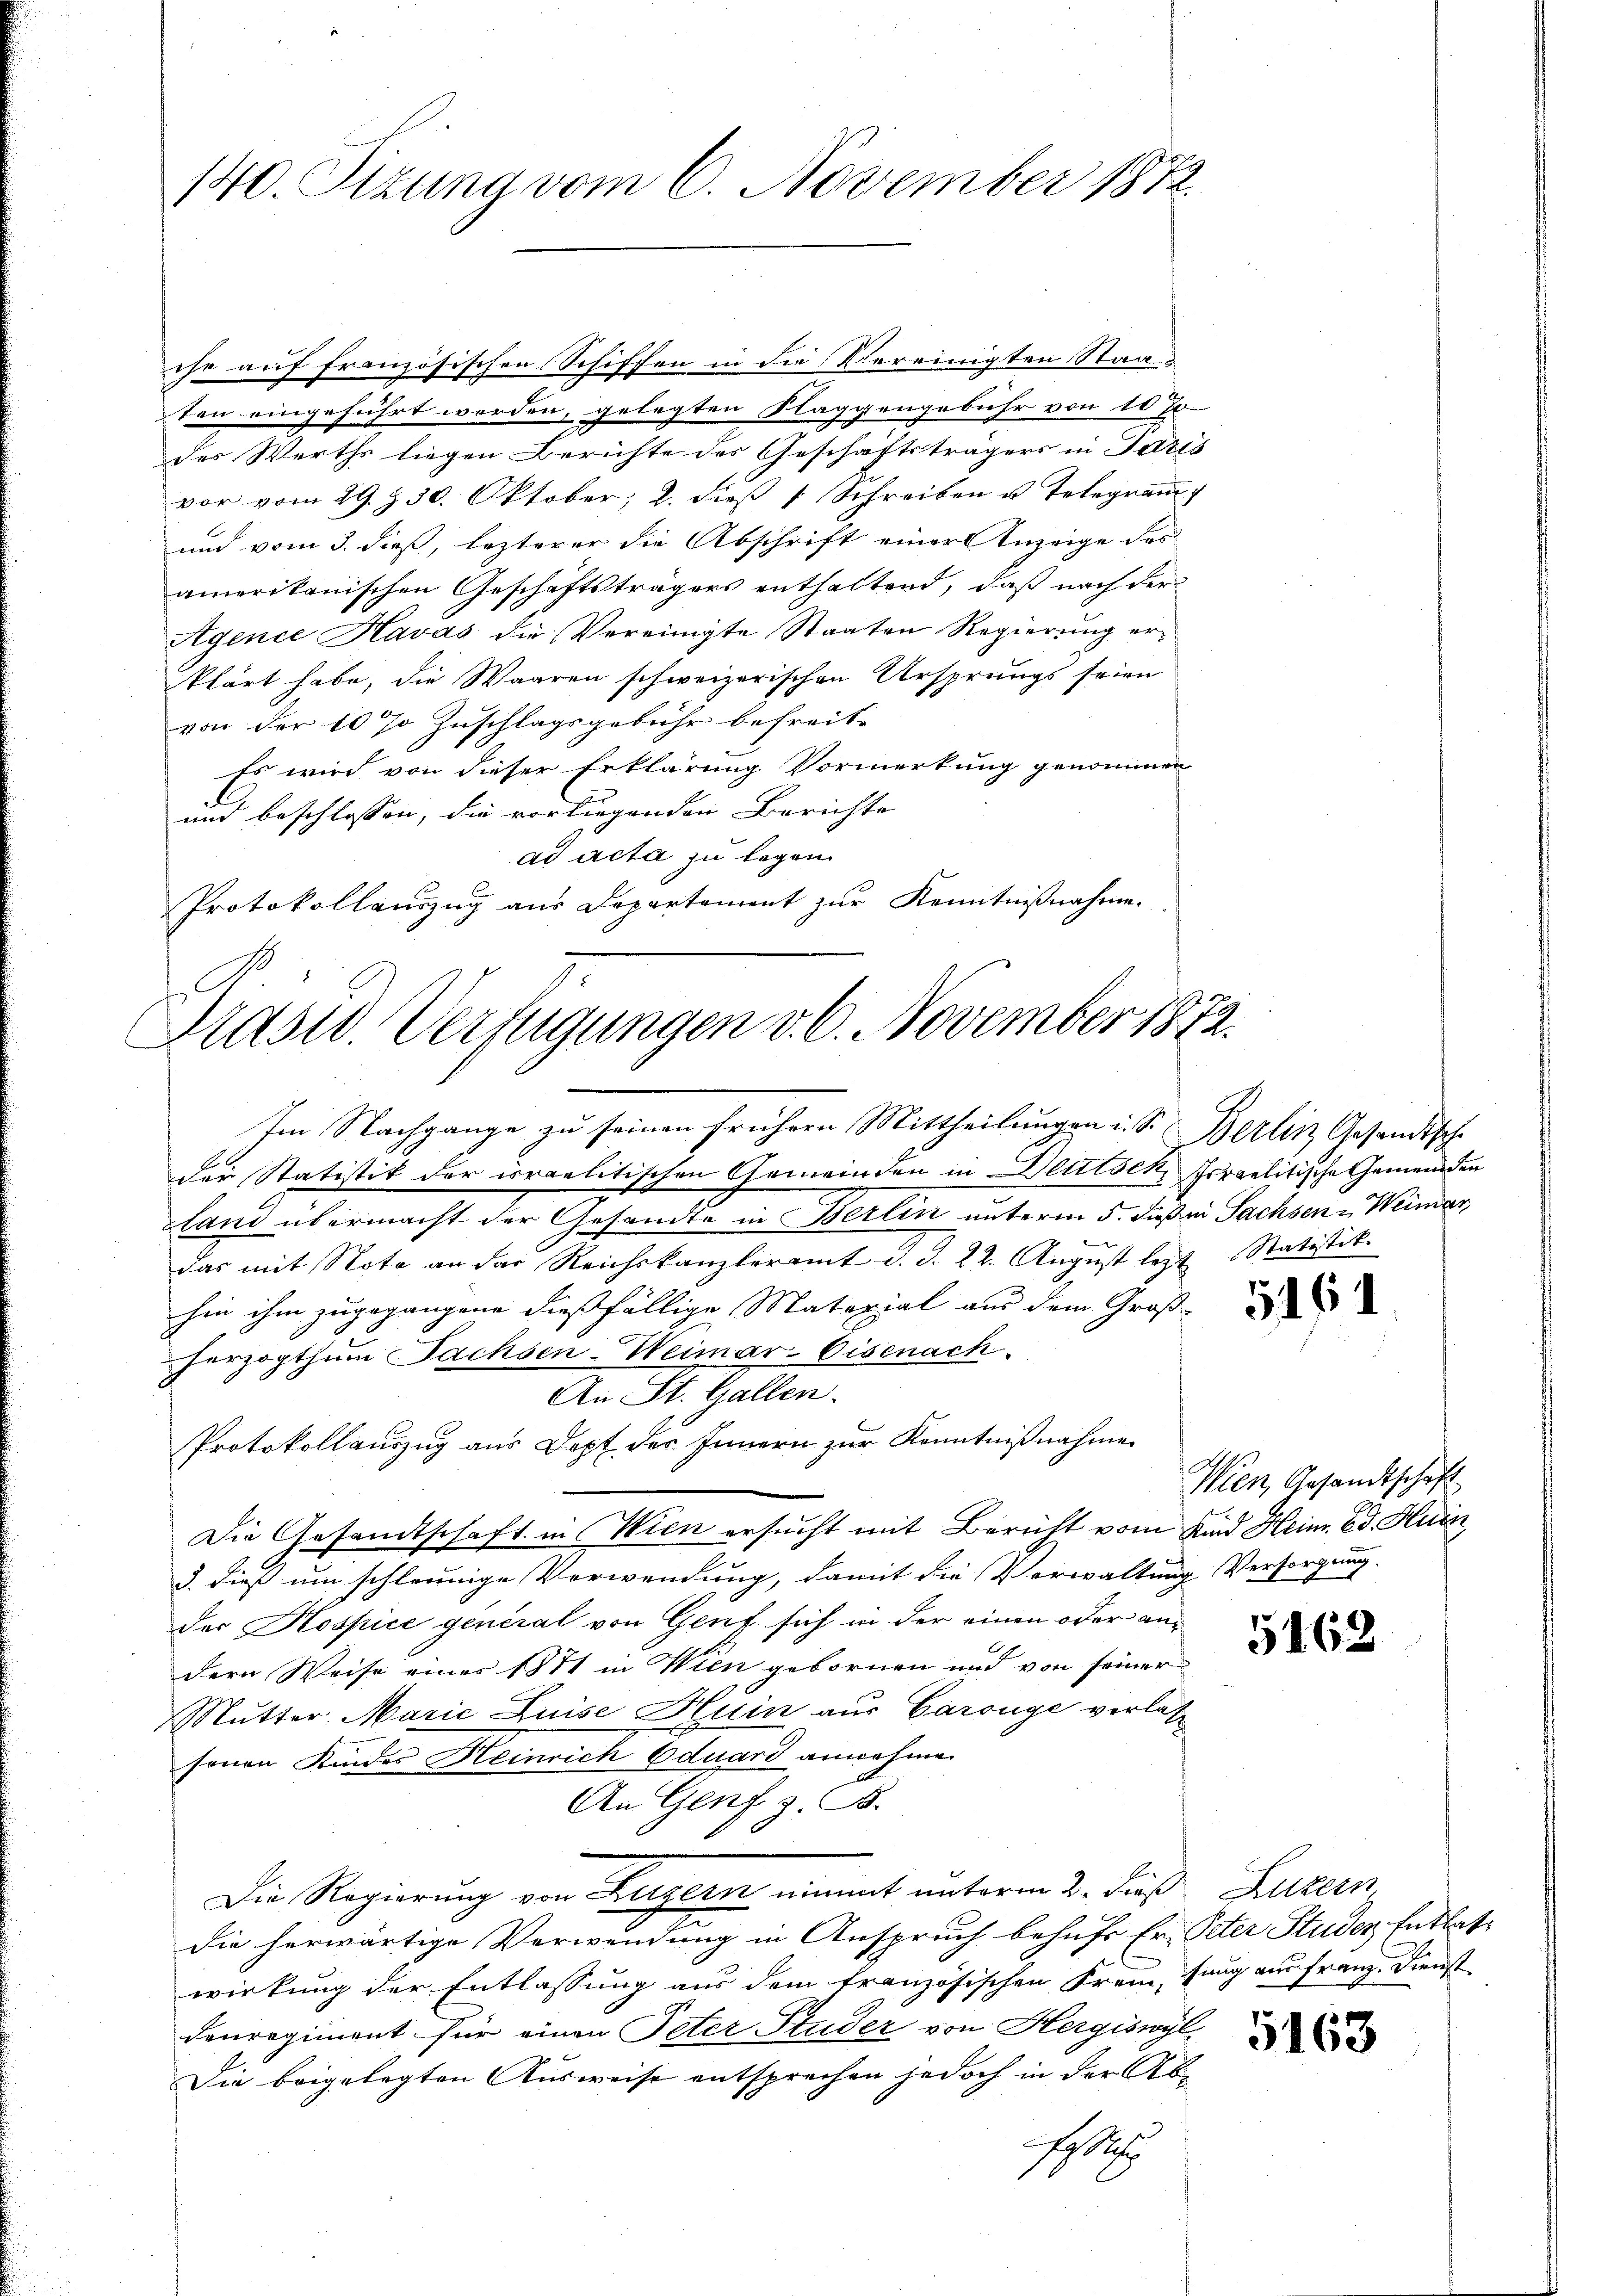
140. Sizung vom 6. November 1872.

che auf französischen-Schiffen in die Vereinigten Staaten eingeführt worden, gelegten Naggengebühr von 10 J
der Werths liegen Berichte des Geschäftsträgers in Paris
vor vom 29. 30. Oktober, 2. dieβ 1 Schreiben u. Telegram
und vom 3. dieß, lezterer die Abschrift einer Anzeige des
amerikanischen Geschäftsträgers enthaltend, daß nach der
Agence Havas die Vereinigte Staaten Regierung erklärt habe, die Waaren schweizerischen Ursprungs seien
von der 10 % Zuschlagsgebühr befreite
Es wird von dieser Erklärung Vormerkung genommen
und beschlossen, die vorliegenden Berichte
ad acta zu legen.
Protokollauszug aus Departement zur Kenntnißnahme.

Präsid. Verfügungen v. 6. November 1872.

der Statistik der israelitischen Gemeinden in Blutsch, Israelitische Gemeinden
land übermacht der Gesandte in Berlin unterm 5. Fuß in Sachsen u Weimar,
das mit Nota an der Reichskanzleramt S. S. 22. August lezt
hin ihm zugegangene dießfällige Material aus dem Groß-
herzogthum Sachsen-Weimar-Eisenach.
An St. Gallen.
Protokollauszug aus Dept des Innern zur Kenntnißnahme
Die Gesandtschaft in Wien ersucht mit Bericht vom Kind Heim. Ed. Huin
3. dieß um schleunige Verwendung, damit die Verwaltung Versorgung.
der Hospice general von Genf sich in der einen oder andern Weise eines 1871 in Wien gebornen und von seiner
Mutter, Marie Luise Huin aus Carouge verlassonen Kinder Heinrich Eduard annahme
An Genf z. B.
Die Regierung von Luzern nimmt unterm 2. dieß Luzern
die herwärtige Verwendung in Anspruch behufs Er- Peter Studer Entlate
wirkung der Entlassung aus dem französischen Frem, sang aus Franz. Dienst
denregiment für einen Peter Studer von Hergiswyl,
Die beigelegten Ausweise entsprechen jedoch in der Ab¬
St

Im Nachgange zu seinen frühern Mittheilungen u. S. Berlin Gesandtsche

Statistit.

5161

Wien, Gesandtschaft

5162

5163